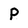
Character: P